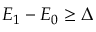
E _ { 1 } - E _ { 0 } \ge \Delta